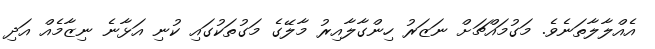
އެއްލާލާތަނެވެ. މަގުމައްޗަށް ނަޒަރު ހިންގާލާއިރު މާލޭގެ މަގުތަކުގައި ކުނި އަޅާނެ ނިޒާމެއް އަދި